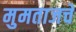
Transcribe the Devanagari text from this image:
मुमताजचे